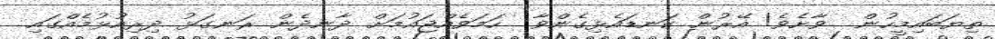
ތިޔަބައިމީހުން  ވާށެވެ! އޭރުން ކަނޑައެޅިގެންވާ  ހަމަވެއްޖައުމަށް ދާނދެން ރަނގަޅު ދިރިއުޅުމެއްގައި